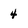
Character: 4